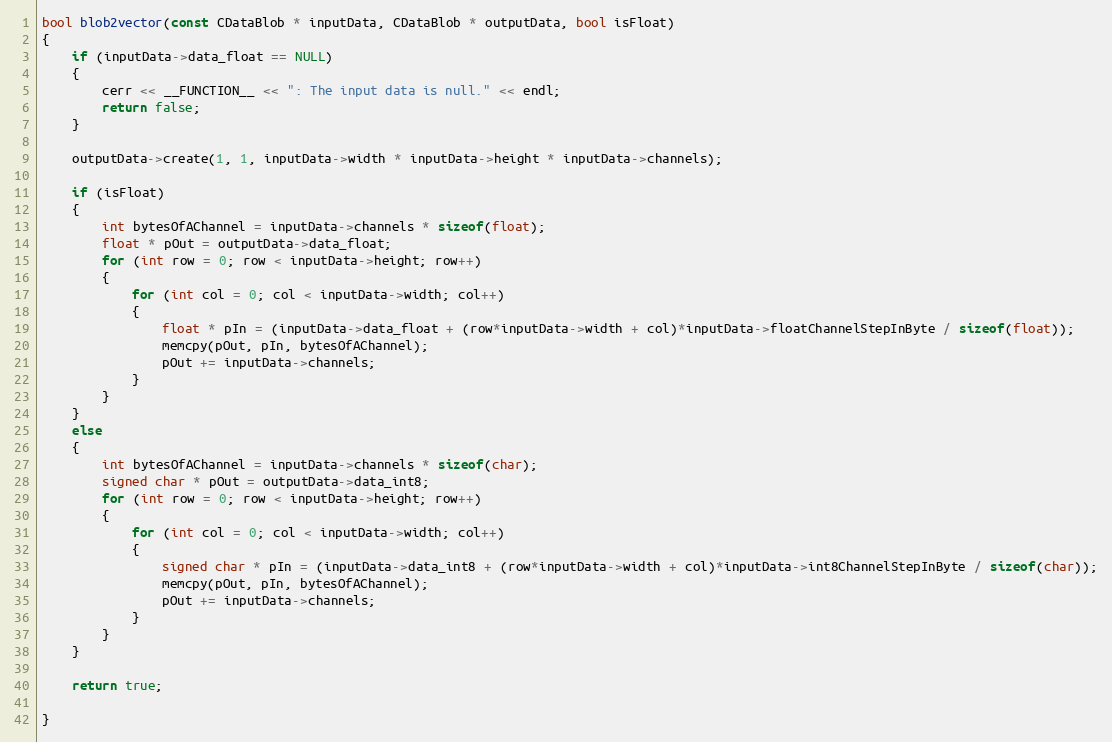
Language: C++
bool blob2vector(const CDataBlob * inputData, CDataBlob * outputData, bool isFloat)
{
    if (inputData->data_float == NULL)
    {
        cerr << __FUNCTION__ << ": The input data is null." << endl;
        return false;
    }

    outputData->create(1, 1, inputData->width * inputData->height * inputData->channels);

    if (isFloat)
    {
        int bytesOfAChannel = inputData->channels * sizeof(float);
        float * pOut = outputData->data_float;
        for (int row = 0; row < inputData->height; row++)
        {
            for (int col = 0; col < inputData->width; col++)
            {
                float * pIn = (inputData->data_float + (row*inputData->width + col)*inputData->floatChannelStepInByte / sizeof(float));
                memcpy(pOut, pIn, bytesOfAChannel);
                pOut += inputData->channels;
            }
        }
    }
    else
    {
        int bytesOfAChannel = inputData->channels * sizeof(char);
        signed char * pOut = outputData->data_int8;
        for (int row = 0; row < inputData->height; row++)
        {
            for (int col = 0; col < inputData->width; col++)
            {
                signed char * pIn = (inputData->data_int8 + (row*inputData->width + col)*inputData->int8ChannelStepInByte / sizeof(char));
                memcpy(pOut, pIn, bytesOfAChannel);
                pOut += inputData->channels;
            }
        }
    }

    return true;

}